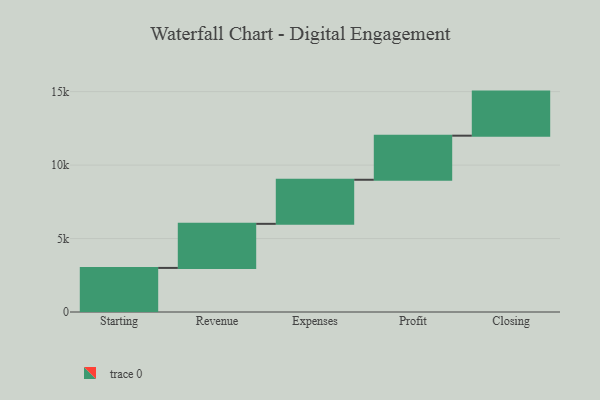
{"axis": {"x": "Step", "y": "Value"}, "legend": [""], "data": [{"x": "Starting", "y": 3000, "type": ""}, {"x": "Revenue", "y": 3000, "type": ""}, {"x": "Expenses", "y": 3000, "type": ""}, {"x": "Profit", "y": 3000, "type": ""}, {"x": "Closing", "y": 3000, "type": ""}]}